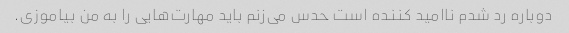
دوباره رد شدم ناامید کننده است حدس می‌زنم باید مهارت‌هایی را به من بیاموزی.